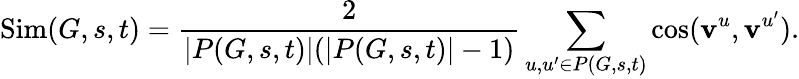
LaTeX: \textrm{Sim}(G,s,t)=\frac{2}{\left|P(G,s,t)\right|(\left|P(G,s,t)\right|-1)}\sum_{u,u^{\prime}\in P(G,s,t)}\cos({\mathbf v}^{u},{\mathbf v}^{u^{\prime}}).